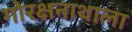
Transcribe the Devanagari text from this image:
गोरक्षनाथाला